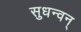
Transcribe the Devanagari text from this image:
सुधन्वन्‌